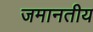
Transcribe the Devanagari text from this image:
जमानतीय